Distribution and causation of leprosy in British India
Year: 1875
Disease focus: Leprosy
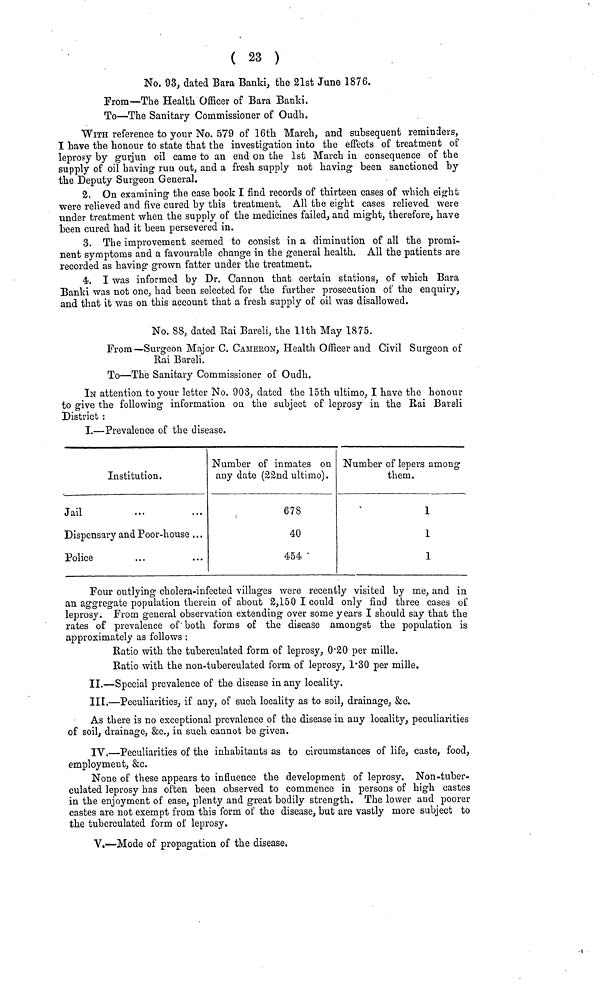
( 23 )
No. 93, dated Bara Banki, the 21st June 1876.
From—The Health Officer of Bara Banki.
To—The Sanitary Commissioner of Oudh.
WITH reference to your No. 579 of 16th March, and subsequent reminders,
I have the honour to state that the investigation into the effects of treatment of
leprosy by gurjun oil came to an end on the 1st March in consequence of the
supply of oil having run out, and a fresh supply not having been sanctioned by
the Deputy Surgeon General.
2. On examining the case book I find records of thirteen cases of which eight
were relieved and five cured by this treatment. All the eight cases relieved were
under treatment when the supply of the medicines failed, and might, therefore, have
been cured had it been persevered in.
3. The improvement seemed to consist in a diminution of all the promi-
nent symptoms and a favourable change in the general health. All the patients are
recorded as having grown fatter under the treatment.
4), I was informed by Dr. Cannon that certain stations, of which Bara
Banki was not one, had been selected for the further prosecution of the enquiry,
and that it was on this account that a fresh supply of oil was disallowed.
No. 88, dated Bai Bareli, the llth May 1875.
From—Surgeon Major C. CAMERON, Health Officer and Civil Surgeon of
Rai Bareli.
To—The Sanitary Commissioner of Oudh.
IN attention to your letter No. 903, dated the loth ultimo, I have the honour
to give the following information on the subject of leprosy in the Rai Bareli
District :
I.—Prevalence of the disease.
Institution.
Jail
Dispensary and Poor-house . . .
Police
Number of inmates on
any date (22nd ultimo).
678
40
454
Number of lepers among
them.
1
1
1
Four outlying cholera-infected villages were recently visited by me, and in
an aggregate population therein of about 2,150 I could only find three cases of
leprosy. From general observation extending over some years I should say that the
rates of prevalence of both forms of the disease amongst the population is
approximately as follows :
Ratio with the tuberculated form of leprosy, 0·20 per mille.
Ratio with the non-tuberculated form of leprosy, 1·30 per mille.
II.—Special prevalence of the disease in any locality.
III.—Peculiarities, if any, of such locality as to soil, drainage, &c.
As there is no exceptional prevalence of the disease in any locality, peculiarities
of soil, drainage, &c., in such cannot be given.
IV.—Peculiarities of the inhabitants as to circumstances of life, caste, food,
employment, &c.
None of these appears to influence the development of leprosy. Non-tuber-
culated leprosy has often been observed to commence in persons of high castes
in the enjoyment of ease, plenty and great bodily strength. The lower and poorer
castes are not exempt from this form of the disease, but are vastly more subject to
the tuberculated form of leprosy.
V.—Mode of propagation of the disease.